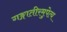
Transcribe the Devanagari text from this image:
गङ्गातीरमुपेत्य